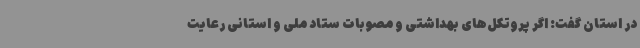
در استان گفت: اگر پروتکل‌های بهداشتی و مصوبات ستاد ملی و استانی رعایت